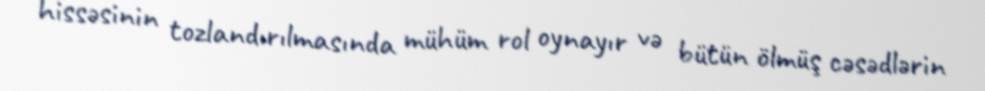
hissəsinin tozlandırılmasında mühüm rol oynayır və bütün ölmüş cəsədlərin